Annual administration report of the Civil Veterinary Department of India - 1895-1896
Year: 1895
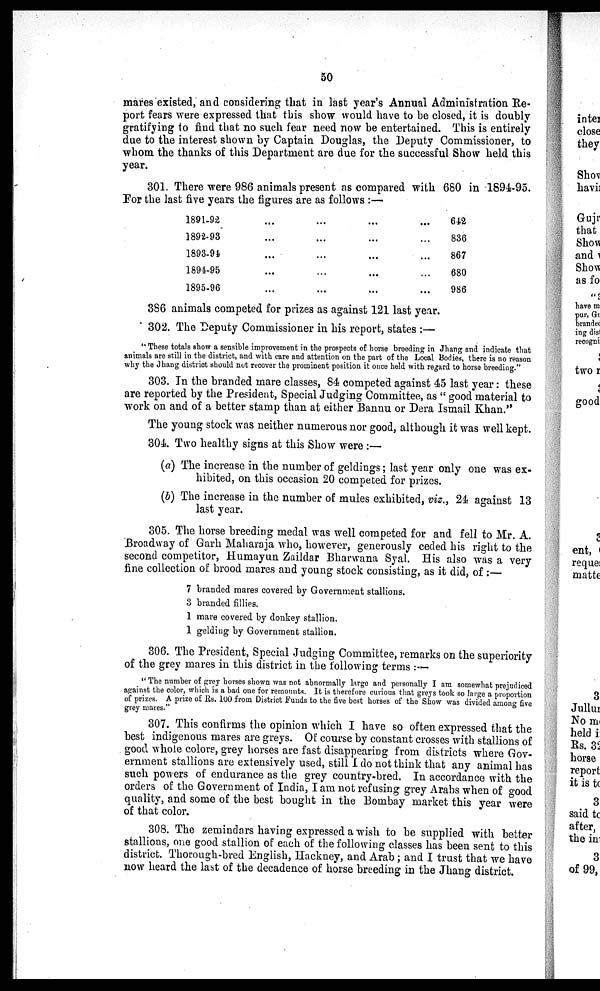
50
mares existed, and considering that in last year's Annual Administration Re-
port fears were expressed that this show would have to be closed, it is doubly
gratifying to find that no such fear need now be entertained. This is entirely
due to the interest shown by Captain Douglas, the Deputy Commissioner, to
whom the thanks of this Department are due for the successful Show held this
year.
301. There were 986 animals present as compared with 680 in 1894-95.
For the last five years the figures are as follows :—
1891-92 ... ... ... ...
1892-93 ... ... ... ...
1893-94 ... ... ... ...
1894-95 ... ... ... ...
1895-96 ... ... ... ...
642
836
867
680
986
386 animals competed for prizes as against 121 last year.
302. The Deputy Commissioner in his report, states:—
" These totals show a sensible improvement in the prospects of horse breeding in Jhang and indicate that
animals are still in the district, and with care and attention on the part of the Local Bodies, there is no reason
why the Jhang district should not recover the prominent position it once held with regard to horse breeding."
303. In the branded mare classes, 84 competed against 45 last year: these
are reported by the President, Special Judging Committee, as "good material to
work on and of a better stamp than at either Bannu or Dera Ismail Khan."
The young stock was neither numerous nor good, although it was well kept.
304. Two healthy signs at this Show were:—
(a) The increase in the number of geldings; last year only one was ex-
hibited, on this occasion 20 competed for prizes.
(b) The increase in the number of mules exhibited, viz., 24 against 13
last year.
305. The horse breeding medal was well competed for and fell to Mr. A.
Broadway of Garh Maharaja who, however, generously ceded his right to the
second competitor, Humayun Zaildar Bharwana Syal. His also was a very
fine collection of brood mares and young stock consisting, as it did, of:—
7 branded mares covered by Government stallions.
3 branded fillies.
1 mare covered by donkey stallion.
1 gelding by Government stallion.
306. The President, Special Judging Committee, remarks on the superiority
of the grey mares in this district in the following terms:—
"The number of grey horses shown was not abnormally large and personally I am somewhat prejudiced
against the color, which is a bad one for remounts. It is therefore curious that greys took so large a proportion
of prizes. A prize of Rs. 100 from District .Funds to the five best horses of the Show was divided among five
grey mares."
307. This confirms the opinion which I have so often expressed that the
best indigenous mares are greys. Of course by constant crosses with stallions of
good whole colors, grey horses are fast disappearing from districts where Gov-
ernment stallions are extensively used, still I do not think that any animal has
such powers of endurance as the grey country-bred. In accordance with the
orders of the Government of India, I am not refusing grey Arabs when of good
quality, and some of the best bought in the Bombay market this year were
of that color.
308. The zemindars having expressed a wish to be supplied with better
stallions, one good stallion of each of the following classes has been sent to this
district. Thorough-bred English, Hackney, and Arab; and I trust that we have
now heard the last of the decadence of horse breeding in the Jhang district.